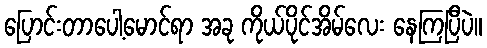
ပြောင်းတာပေါ့မောင်ရာ အခု ကိုယ်ပိုင်အိမ်လေး နေကြပြီပဲ။